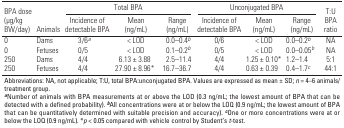
| <ROWSPAN=2> BPA dose (μg/kg BW/day) | <ROWSPAN=2> Animals | <COLSPAN=3> Total BPA | <COLSPAN=3> Unconjugated BPA | <ROWSPAN=2> T:U BPA ratio |
 | Incidence of detectable BPA | Mean ng/mL) | Range (ng/mL) | Incidence of detectable BPA | Mean (ng/mL) | Range (ng/mL) |
 | --- | --- | --- | --- | --- | --- | --- | --- | --- |
 | 0 | Dams | 3/6a | < LOD | 0.0–0.4b | 0/6 | < LOD | 0.0–0.2b | NA |
 | 0 | Fetuses | 0/5 | < LOD | 0.1–0.2b | 0/5 | < LOD | 0.0–0.05b | NA |
 | 250 | Dams | 4/4 | 6.13 ± 3.88 | 2.5–11.4 | 4/4 | 1.25 ± 0.10* | 1.2–1.4 | 5:1 |
 | 250 | Fetuses | 4/4 | 27.90 ± 8.96* | 16.7–36.7 | 4/4 | 0.63 ± 0.39 | 0.4–1.7c | 44:1 |
 | <COLSPAN=9> Abbreviations: NA, not applicable; T:U, total BPA:unconjugated BPA. Values are expressed as mean ± SD; n = 4–6 animals/treatment group. aNumber of animals with BPA measurements at or above the LOD (0.3 ng/mL; the lowest amount of BPA that can be detected with a defined probability). bAll concentrations were at or below the LOQ (0.9 ng/mL; the lowest amount of BPA that can be quantitatively determined with suitable precision and accuracy). cOne or more concentrations were at or below the LOQ (0.9 ng/mL). *p < 0.05 compared with vehicle control by Student’s t-test. |